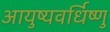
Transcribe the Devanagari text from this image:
आयुष्यवर्धिष्णु